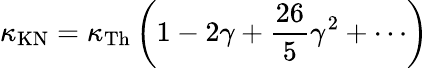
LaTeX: \kappa_{\mathrm{KN}}=\kappa_{\mathrm{Th}}\left(1-2\gamma+\frac{26}{5}\gamma^{2}+\cdots\right)